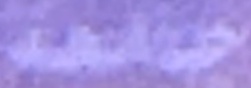
جامعة